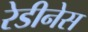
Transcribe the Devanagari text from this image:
रेडीनेस